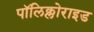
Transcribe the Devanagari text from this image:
पॉलिक्लोराइड